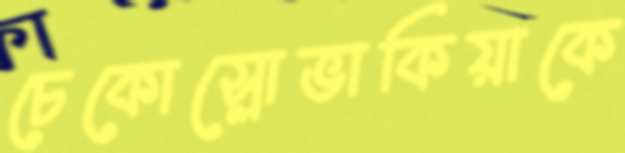
চেকোস্লোভাকিয়াকে